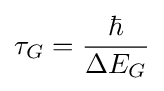
\tau _{G}={\frac {\hbar }{\Delta E_{G}}}